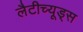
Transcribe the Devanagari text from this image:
लैटीच्यूड्स